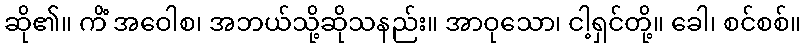
ဆို၏။ ကိံ အဝေါစ၊ အဘယ်သို့ဆိုသနည်း။ အာဝုသော၊ ငါ့ရှင်တို့။ ခေါ၊ စင်စစ်။